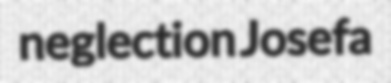
neglection Josefa